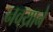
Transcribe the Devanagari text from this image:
नवय्राने